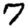
Digit: 7